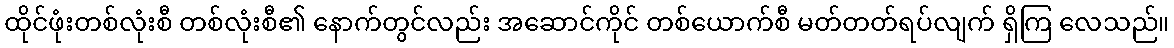
ထိုင်ဖုံးတစ်လုံးစီ တစ်လုံးစီ၏ နောက်တွင်လည်း အဆောင်ကိုင် တစ်ယောက်စီ မတ်တတ်ရပ်လျက် ရှိကြ လေသည်။